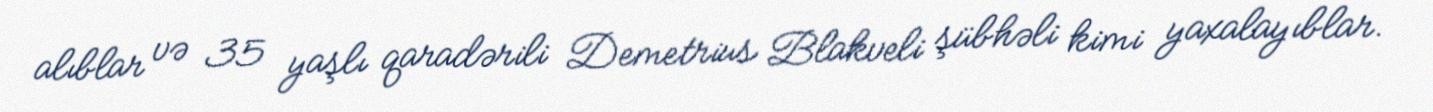
alıblar və 35 yaşlı qaradərili Demetrius Blakveli şübhəli kimi yaxalayıblar.